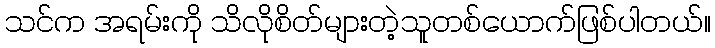
သင်က အရမ်းကို သိလိုစိတ်များတဲ့သူတစ်ယောက်ဖြစ်ပါတယ်။